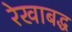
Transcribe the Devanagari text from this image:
रेखाबद्ध